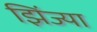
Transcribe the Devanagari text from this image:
झिंज्या